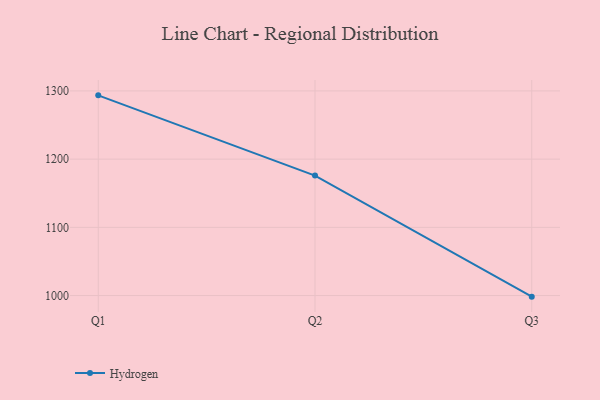
{"axis": {"x": "Quarter", "y": "Production Output"}, "legend": ["Hydrogen"], "data": [{"x": "Q1", "y": 1293.5, "type": "Hydrogen"}, {"x": "Q2", "y": 1175.9, "type": "Hydrogen"}, {"x": "Q3", "y": 998.4, "type": "Hydrogen"}]}